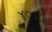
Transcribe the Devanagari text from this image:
४००८